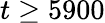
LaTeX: t\geq 5900